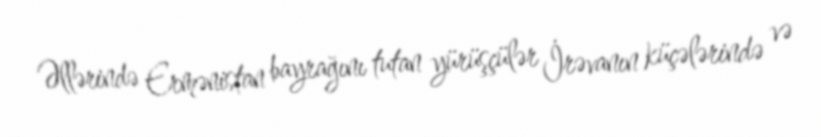
Əllərində Ermənistan bayrağını tutan yürüşçülər İrəvanın küçələrində və